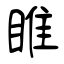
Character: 睢